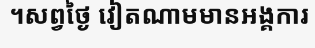
។សព្វថ្ងៃ វៀតណាមមានអង្គការ